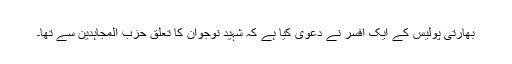
بھارتی پولیس کے ایک افسر نے دعویٰ کیا ہے کہ شہید نوجوان کا تعلق حزب المجاہدین سے تھا۔